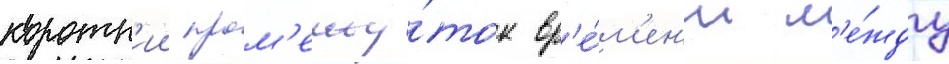
коротк'ии пром'ежу́ток вр'е́м'ен'и м'е́жду